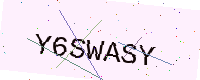
Text: Y6SWASY